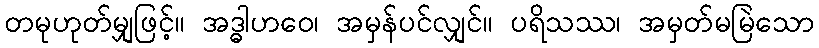
တမုဟုတ်မျှဖြင့်။ အဒ္ဓါဟဝေ၊ အမှန်ပင်လျှင်။ ပရိသဿ၊ အမှတ်မမြဲသော